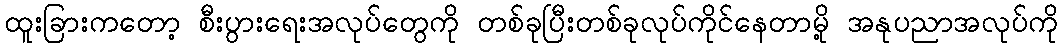
ထူးခြားကတော့ စီးပွားရေးအလုပ်တွေကို တစ်ခုပြီးတစ်ခုလုပ်ကိုင်နေတာမို့ အနုပညာအလုပ်ကို